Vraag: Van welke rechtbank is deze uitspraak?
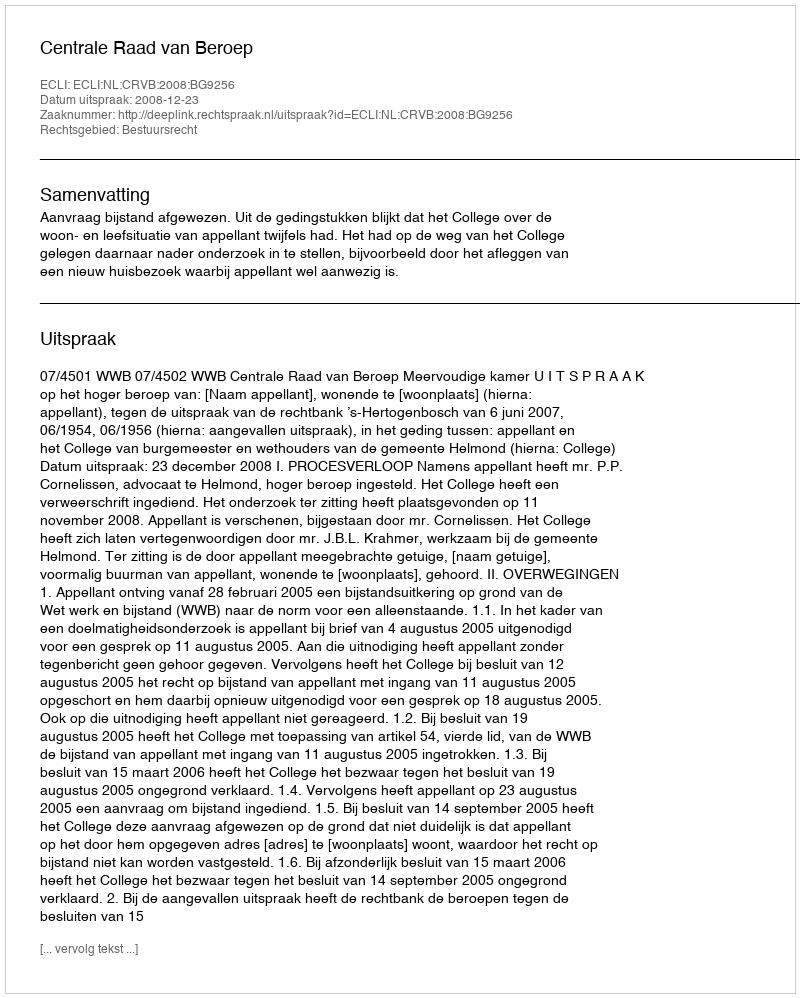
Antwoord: Centrale Raad van Beroep